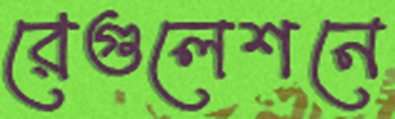
রেগুলেশনে